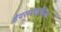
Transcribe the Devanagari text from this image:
हेयरस्टाइलिस्ट